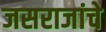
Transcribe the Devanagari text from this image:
जसराजांचे